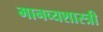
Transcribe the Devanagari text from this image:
मानव्यशास्त्री